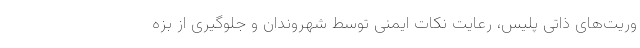
وریت‌های ذاتی پلیس، رعایت نکات ایمنی توسط شهروندان و جلوگیری از بزه